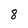
Character: 8